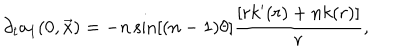
\partial _ { t } a _ { 1 } ( 0 , \vec { x } ) = - n \sin [ ( n - 1 ) \theta ] \frac { [ r k ^ { \prime } ( r ) + n k ( r ) ] } { r } ,